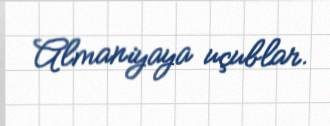
Almaniyaya uçublar.